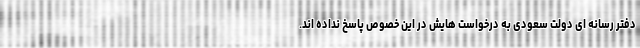
دفتر رسانه ای دولت سعودی به درخواست هایش در این خصوص پاسخ نداده اند.